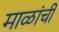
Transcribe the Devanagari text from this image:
माळांची